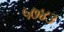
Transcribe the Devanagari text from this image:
५७४३